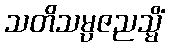
သတိသမ္ပဇညသ္မိံ